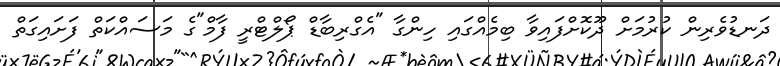
ދަނޑުވެރިން ކުރުމަށް ދޫކޮށްފައިވާ ބިމެއްގައި ހިންގާ "އެގްރިބާޑް ޕޯލްޓްރީ ފާމް"ގެ މަސައްކަތް ފަށައިގަތް